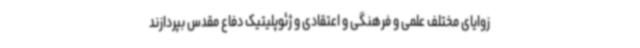
زوایای مختلف علمی و فرهنگی و اعتقادی و ژئوپلیتیک دفاع مقدس بپردازند